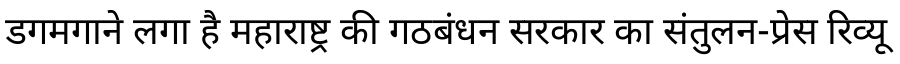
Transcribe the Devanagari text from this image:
डगमगाने लगा है महाराष्ट्र की गठबंधन सरकार का संतुलन-प्रेस रिव्यू